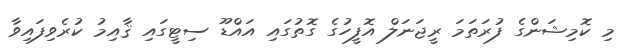
މި ކޮމިޝަންގެ ފުރަތަމަ ރީޖަނަލް އޮފީހުގެ ގޮތުގައި އައްޑޫ ސިޓީގައި ޤާއިމު ކުރެވިފައިވާ